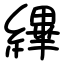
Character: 縪